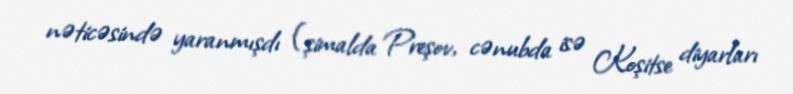
nəticəsində yaranmışdı (şimalda Preşov, cənubda isə Koşitse diyarları